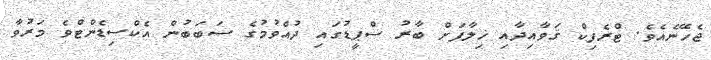
ޖެހޭނެއެވެ. ޓްރެފިކް ޤަވާއިދާއި ޚިލާފަށް ބާރު ސްޕީޑުގައި ދުއްވުމުގެ ސަބަބުން އެކްސިޑެންޓްވެ މަރުވާ